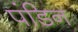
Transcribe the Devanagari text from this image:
पंडिन